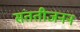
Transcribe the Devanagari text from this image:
संततीजनन